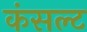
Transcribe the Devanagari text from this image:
कंसल्ट